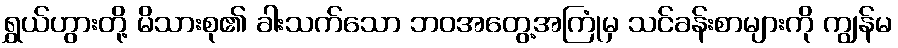
ရွှယ်ဟွားတို့ မိသားစု၏ ခါးသက်သော ဘဝအတွေ့အကြုံမှ သင်ခန်းစာများကို ကျွန်မ